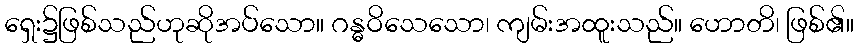
ရှေး၌ဖြစ်သည်ဟုဆိုအပ်သော။ ဂန္ဓဝိသေသော၊ ကျမ်းအထူးသည်။ ဟောတိ၊ ဖြစ်၏။